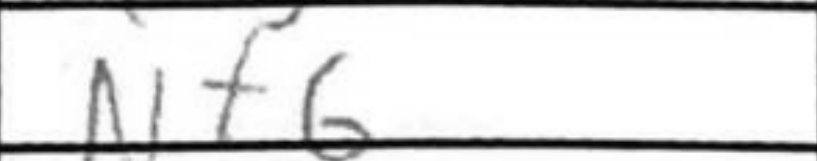
Transcription: Nf6